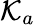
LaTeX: \mathcal{K}_{a}